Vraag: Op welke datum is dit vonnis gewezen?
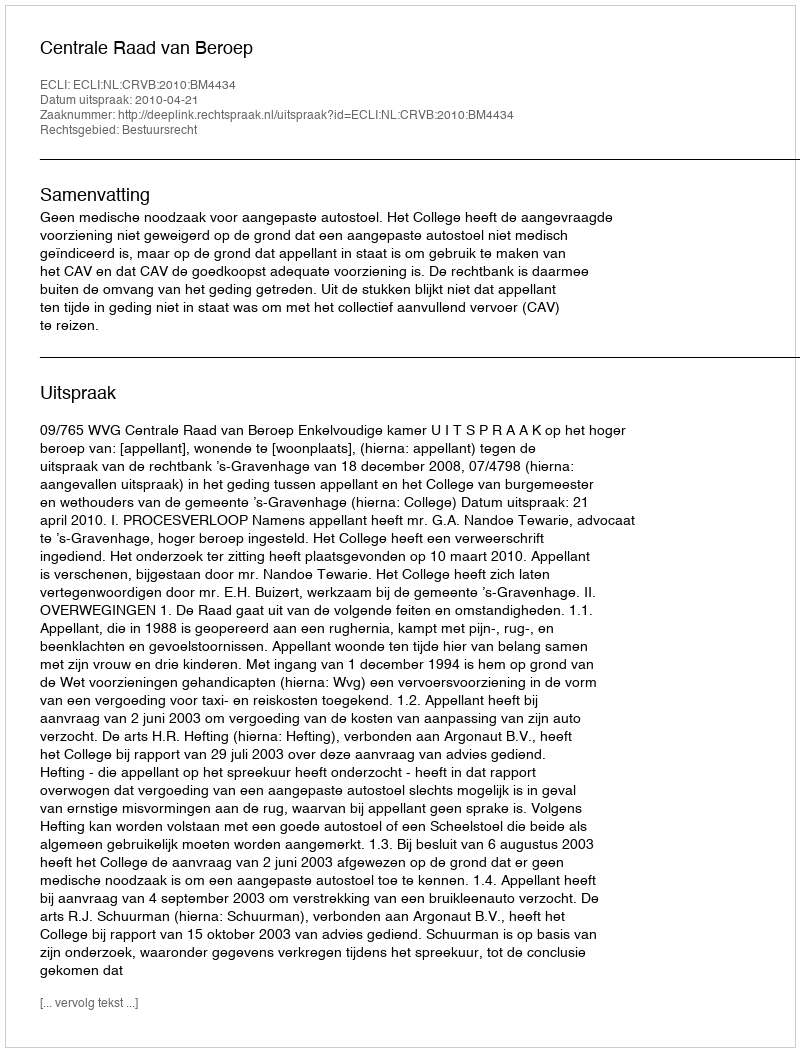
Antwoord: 2010-04-21